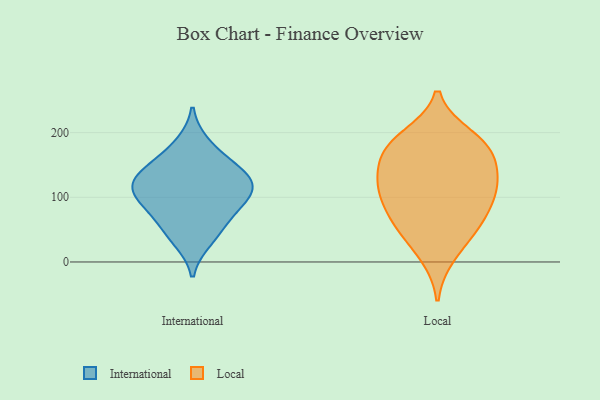
{"axis": {"x": "Website Visitors", "y": "Value"}, "legend": ["International", "Local"], "data": [{"x": "", "y": 83, "type": "International"}, {"x": "", "y": 113, "type": "International"}, {"x": "", "y": 120, "type": "International"}, {"x": "", "y": 149, "type": "International"}, {"x": "", "y": 76, "type": "International"}, {"x": "", "y": 33, "type": "International"}, {"x": "", "y": 128, "type": "International"}, {"x": "", "y": 183, "type": "International"}, {"x": "", "y": 99, "type": "International"}, {"x": "", "y": 117, "type": "International"}, {"x": "", "y": 49, "type": "International"}, {"x": "", "y": 149, "type": "International"}, {"x": "", "y": 139, "type": "Local"}, {"x": "", "y": 62, "type": "Local"}, {"x": "", "y": 79, "type": "Local"}, {"x": "", "y": 163, "type": "Local"}, {"x": "", "y": 10, "type": "Local"}, {"x": "", "y": 42, "type": "Local"}, {"x": "", "y": 115, "type": "Local"}, {"x": "", "y": 194, "type": "Local"}, {"x": "", "y": 64, "type": "Local"}, {"x": "", "y": 119, "type": "Local"}, {"x": "", "y": 171, "type": "Local"}, {"x": "", "y": 177, "type": "Local"}, {"x": "", "y": 187, "type": "Local"}, {"x": "", "y": 106, "type": "Local"}, {"x": "", "y": 119, "type": "Local"}]}